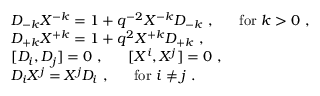
\begin{array} { l } { { { \cal D } _ { - k } { \cal X } ^ { - k } = 1 + q ^ { - 2 } { \cal X } ^ { - k } { \cal D } _ { - k } ~ , ~ ~ ~ ~ ~ \mathrm { f o r } ~ k > 0 ~ , } } \\ { { { \cal D } _ { + k } { \cal X } ^ { + k } = 1 + q ^ { 2 } { \cal X } ^ { + k } { \cal D } _ { + k } ~ , } } \\ { { [ { \cal D } _ { i } , { \cal D } _ { j } ] = 0 ~ , ~ ~ ~ ~ ~ [ { \cal X } ^ { i } , { \cal X } ^ { j } ] = 0 ~ , } } \\ { { { \cal D } _ { i } { \cal X } ^ { j } = { \cal X } ^ { j } { \cal D } _ { i } ~ , ~ ~ ~ ~ ~ \mathrm { f o r } ~ i \not = j ~ . } } \end{array}